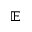
\mathbb { E }